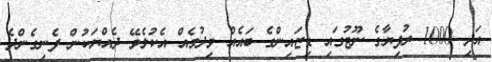
އަދި 1000 ރުފިޔާގެ ނޫޓުގައި ޑިޒައިންގެ ބައެއް ވިދުމެއް އެކުލެވޭ ދެއްޔަކުން ފެނިގެންދެ